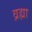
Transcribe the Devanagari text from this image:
व्रह्मा